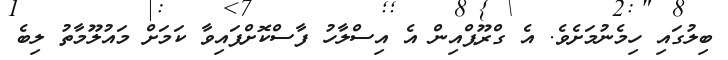
ބިލުގައި ހިމެނުމަށެވެ. އެ ގްރޫޕްއިން އެ އިސްލާހު ފާސްކޮށްފައިވާ ކަމަށް މައުލޫމާތު ލިބެ